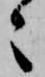
々